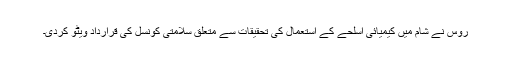
روس نے شام میں کیمیائی اسلحے کے استعمال کی تحقیقات سے متعلق سلامتی کونسل کی قرارداد ویٹو کردی۔